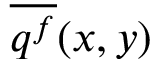
\overline { { \boldsymbol { q } ^ { f } } } ( x , y )